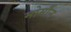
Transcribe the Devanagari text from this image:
मोर्मौन